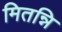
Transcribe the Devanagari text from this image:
मितन्नि